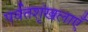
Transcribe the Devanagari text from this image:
पर्वतशृंखलाएँ